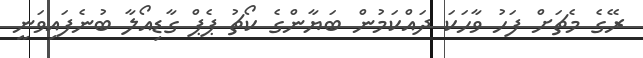
ރޭގެ މެޗަށް ފަހު ވާހަކަ ދައްކަމުން ބަޔާންގެ ކޯޗު ޕެޕް ގާޑިއޯލާ ބުނެފައިވަނީ